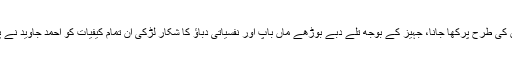
لڑکی کی ظاہری شکل و صورت کو تماش بینوں کی طرح پرکھا جانا، جہیز کے بوجھ تلے دبے بوڑھے ماں باپ اور نفسیاتی دباؤ کا شکار لڑکی ان تمام کیفیات کو احمد جاوید نے پوری سچائی اور انسان دوستی سے پیش کیا ہے۔